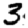
Digit: 3